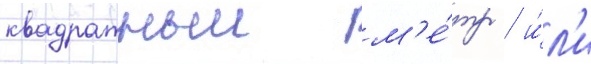
квадратныи м'е́тр / и́л'и